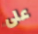
على